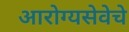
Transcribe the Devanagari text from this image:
आरोग्यसेवेचे